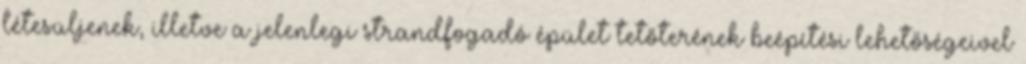
létesüljenek, illetve a jelenlegi strandfogadó épület tetőterének beépítési lehetőségeivel